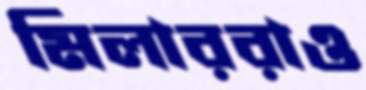
মিলাররাও